Lunatic asylums Central Provinces reports 1895-1909 - 1895-1909
Year: 1895
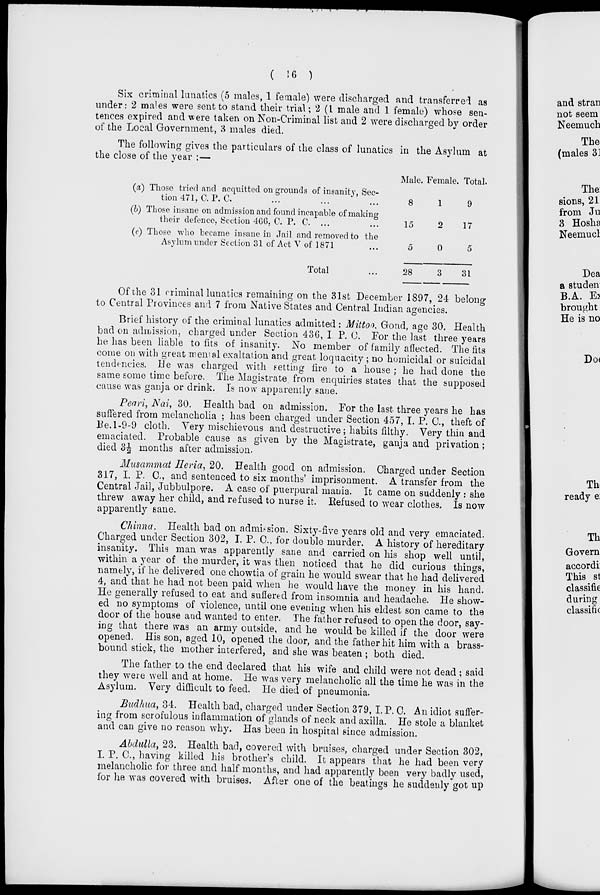
( 16 )
Six criminal lunatics (5 males, 1 female) were discharged and transferred as
under: 2 males were sent to stand their trial; 2 (1 male and 1 female) whose sen-
tences expired and were taken on Non-Criminal list and 2 were discharged by order
of the Local Government, 3 males died.
The following gives the particulars of the class of lunatics in the Asylum at
the close of the year : —
(a)
(b)
(c)
Those tried and acquitted on grounds of insanity, Sec-
tion 471, C. P. C. ... ... ...
Those insane on admission and found incapable of making
their defence, Section 466, C. P. C. ... ...
Those who became insane in Jail and removed to the
Asylum under Section 31 of Act V of 1871 ...
Total ...
Male.
8
15
5
28
Female.
1
2
0
3
Total.
9
17
5
31
Of the 31 criminal lunatics remaining on the 31st December 1897, 24 belong
to Central Provinces and 7 from Native States and Central Indian agencies.
Brief history of the criminal lunatics admitted : Mittoo. Gond, age 30. Health
bad on admission, charged under Section 436, I. P. C. For the last three years
he has been liable to fits of insanity. No member of family affected. The fits
come on with great memal exaltation and great loquacity ; no homicidal or suicidal
tendencies. He was charged with setting fire to a house ; he had done the
same some time before. The Magistrate from enquiries states that the supposed
cause was ganja or drink. Is now apparently saue.
Peari, Nai, 30. Health bad on admission. For the last three years he has
suffered from melancholia ; has been charged under Section 457, I. P. C, theft of
Re. 1-9-9 cloth. Very mischievous and destructive; habits filthy. Very thin and
emaciated. Probable cause as given by the Magistrate, ganja and privation ;
died 3½ months after admission.
Musammat Heria, 20. Health good on admission. Charged under Section
317, I. P.C., and sentenced to six months' imprisonment. A transfer from the
Central Jail, Jubbulpore. A case of puerpural mania. It came on suddenly : she
threw away her child, and refused to nurse it. Refused to wear clothes. Is now
apparently sane.
Chinna. Health bad on admission. Sixty-five years old and very emaciated.
Charged under Section 302, I. P. C., for double murder. A history of hereditary
insanity. This man was apparently sane and carried on his shop well until,
within a year of the murder, it was then noticed that he did curious things,
namely, if he delivered one chowtia of grain he would swear that he had delivered
4, and that he had not been paid when he would have the money in his hand.
He generally refused to eat and suffered from insomnia and headache. He show-
ed no symptoms of violence, until one evening when his eldest son came to the
door of the house and wanted to enter. The father refused to open the door, say-
ing that there was an army outside, and he would be killed if the door were
opened. His son, aged 10, opened the door, and the father hit him with a brass-
bound stick, the mother interfered, and she was beaten ; both died.
The father to the end declared that his wife and child were not dead; said
they were well and at home. He was very melancholic all the time he was in the
Asylum. Very difficult to feed. He died of pneumonia.
Budhua, 34. Health bad, charged under Section 379, I. P. C. An idiot suffer-
ing from scrofulous inflammation of glands of neck and axilla. He stole a blanket
and can give no reason why. Has been in hospital since admission.
Abdulla,23.
Health bad, covered with bruises, charged under Section 302,
I. P. C., having killed his brother's child. It appears that he had been very
melancholic for three and half months, and had apparently been very badly used,
for he was covered with bruises. After one of the beatings he suddenly got up